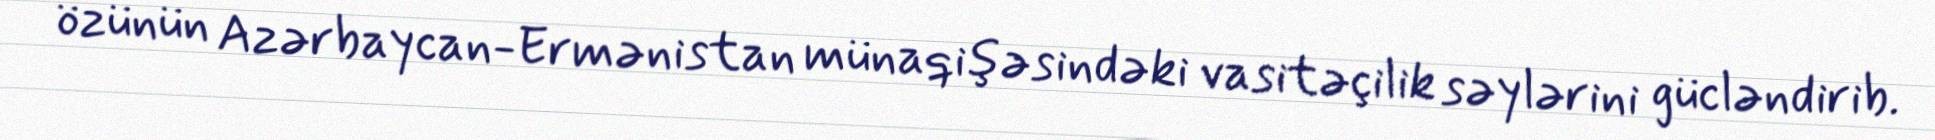
özünün Azərbaycan-Ermənistan münaqişəsindəki vasitəçilik səylərini gücləndirib.